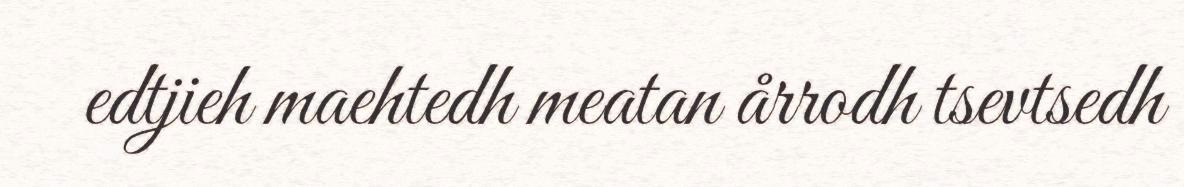
edtjieh maehtedh meatan årrodh tsevtsedh